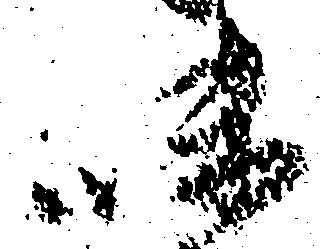
味